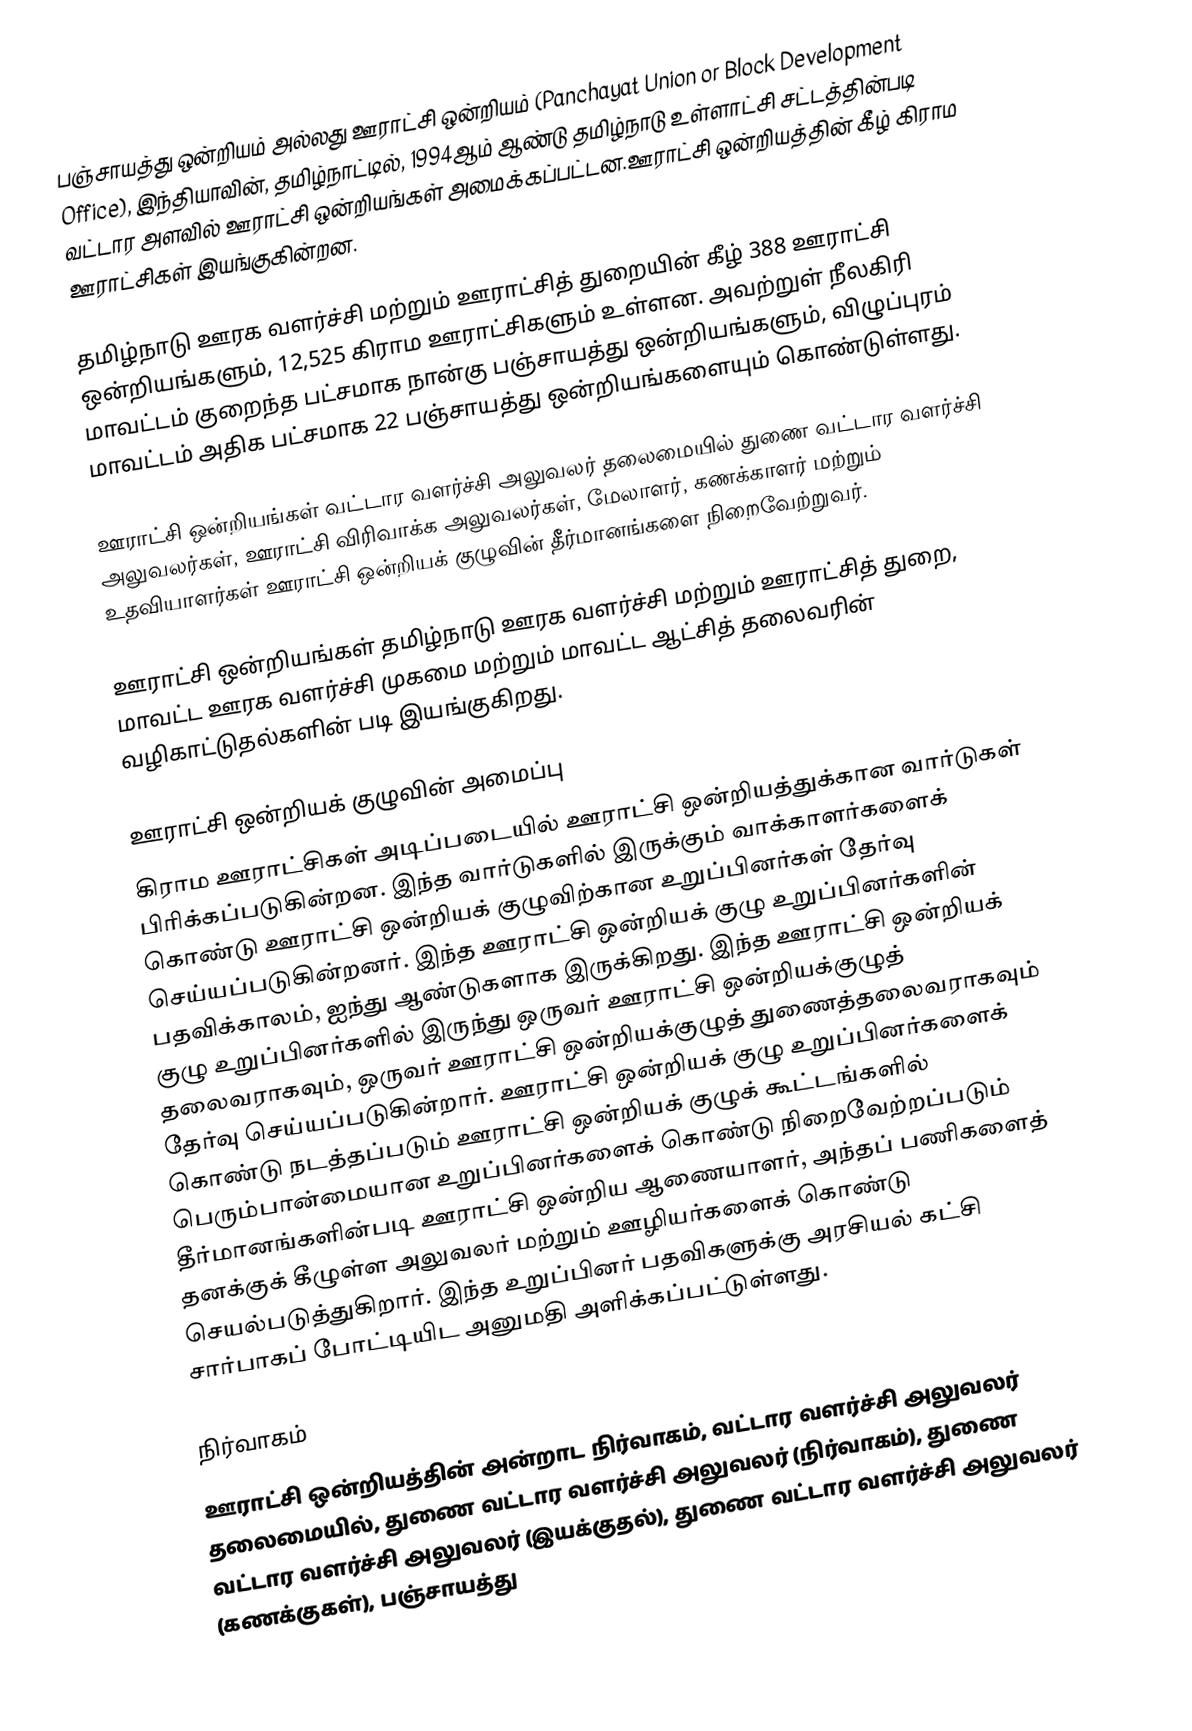
பஞ்சாயத்து ஒன்றியம் அல்லது ஊராட்சி ஒன்றியம் (Panchayat Union or Block Development Office), இந்தியாவின், தமிழ்நாட்டில், 1994ஆம் ஆண்டு தமிழ்நாடு உள்ளாட்சி சட்டத்தின்படி வட்டார அளவில் ஊராட்சி ஒன்றியங்கள் அமைக்கப்பட்டன.ஊராட்சி ஒன்றியத்தின் கீழ் கிராம ஊராட்சிகள் இயங்குகின்றன.

தமிழ்நாடு ஊரக வளர்ச்சி மற்றும் ஊராட்சித் துறையின் கீழ் 388 ஊராட்சி ஒன்றியங்களும், 12,525 கிராம ஊராட்சிகளும் உள்ளன. அவற்றுள் நீலகிரி மாவட்டம் குறைந்த பட்சமாக நான்கு பஞ்சாயத்து ஒன்றியங்களும், விழுப்புரம் மாவட்டம் அதிக பட்சமாக 22 பஞ்சாயத்து ஒன்றியங்களையும் கொண்டுள்ளது.

ஊராட்சி ஒன்றியங்கள் வட்டார வளர்ச்சி அலுவலர் தலைமையில் துணை வட்டார வளர்ச்சி அலுவலர்கள், ஊராட்சி விரிவாக்க அலுவலர்கள், மேலாளர், கணக்காளர் மற்றும் உதவியாளர்கள் ஊராட்சி ஒன்றியக் குழுவின் தீர்மானங்களை நிறைவேற்றுவர்.

ஊராட்சி ஒன்றியங்கள் தமிழ்நாடு ஊரக வளர்ச்சி மற்றும் ஊராட்சித் துறை, மாவட்ட ஊரக வளர்ச்சி முகமை மற்றும் மாவட்ட ஆட்சித் தலைவரின் வழிகாட்டுதல்களின் படி இயங்குகிறது.

ஊராட்சி ஒன்றியக் குழுவின் அமைப்பு
கிராம ஊராட்சிகள் அடிப்படையில் ஊராட்சி ஒன்றியத்துக்கான வார்டுகள் பிரிக்கப்படுகின்றன. இந்த வார்டுகளில் இருக்கும் வாக்காளர்களைக் கொண்டு ஊராட்சி ஒன்றியக் குழுவிற்கான உறுப்பினர்கள் தேர்வு செய்யப்படுகின்றனர். இந்த ஊராட்சி ஒன்றியக் குழு உறுப்பினர்களின் பதவிக்காலம், ஐந்து ஆண்டுகளாக இருக்கிறது. இந்த ஊராட்சி ஒன்றியக் குழு உறுப்பினர்களில் இருந்து ஒருவர் ஊராட்சி ஒன்றியக்குழுத் தலைவராகவும், ஒருவர்  ஊராட்சி ஒன்றியக்குழுத் துணைத்தலைவராகவும் தேர்வு செய்யப்படுகின்றார். ஊராட்சி ஒன்றியக் குழு உறுப்பினர்களைக் கொண்டு நடத்தப்படும் ஊராட்சி ஒன்றியக் குழுக் கூட்டங்களில் பெரும்பான்மையான உறுப்பினர்களைக் கொண்டு நிறைவேற்றப்படும் தீர்மானங்களின்படி ஊராட்சி ஒன்றிய ஆணையாளர், அந்தப் பணிகளைத் தனக்குக் கீழுள்ள அலுவலர் மற்றும் ஊழியர்களைக் கொண்டு செயல்படுத்துகிறார். இந்த உறுப்பினர் பதவிகளுக்கு அரசியல் கட்சி சார்பாகப் போட்டியிட அனுமதி அளிக்கப்பட்டுள்ளது.

நிர்வாகம்
ஊராட்சி ஒன்றியத்தின் அன்றாட நிர்வாகம்,  வட்டார வளர்ச்சி அலுவலர் தலைமையில், துணை வட்டார வளர்ச்சி அலுவலர் (நிர்வாகம்), துணை வட்டார வளர்ச்சி அலுவலர் (இயக்குதல்), துணை வட்டார வளர்ச்சி அலுவலர் (கணக்குகள்), பஞ்சாயத்து